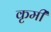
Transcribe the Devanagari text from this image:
कृमीं